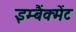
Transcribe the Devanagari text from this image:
इम्बैंक्मेंट